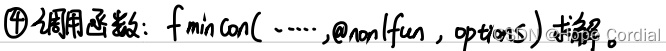
\textcircled{4} 调用函数：$f_{\min} \mathrm{Con}(\cdots, @ \mathrm{nonlfun}, \mathrm{options})$ 求解。Cordial